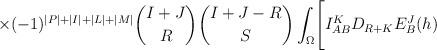
LaTeX: \begin{align*}\times(-1)^{\vert P \vert +\vert I \vert +\vert L \vert +\vert M \vert}{{I+J} \choose R}{{I+J-R} \choose S}\int_{\Omega}\Biggl[ I^K_{AB}D_{R+K}E^J_B(h)\end{align*}